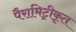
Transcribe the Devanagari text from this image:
पैरामिट्रीकृत